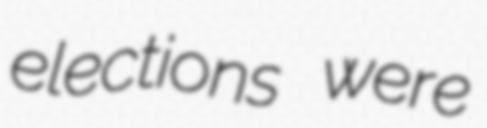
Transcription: elections were